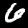
Digit: 6